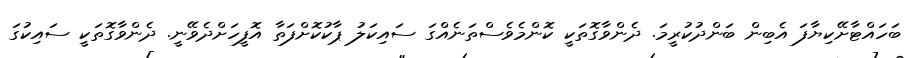
ބަހައްޓާށޭކިޔާފަ އެބިން ބަންދުކުރީމަ. ދެންވާގޮތަކީ ކޮންމެވެސްތަނެއްގަ ސައިކަލު ޕާކުކޮށްފަތާ އޮފީހަށްދެވޭނީ. ދެންވާގޮތަކީ ސައިކުގަ